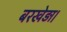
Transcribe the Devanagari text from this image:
बरखेड़ा।